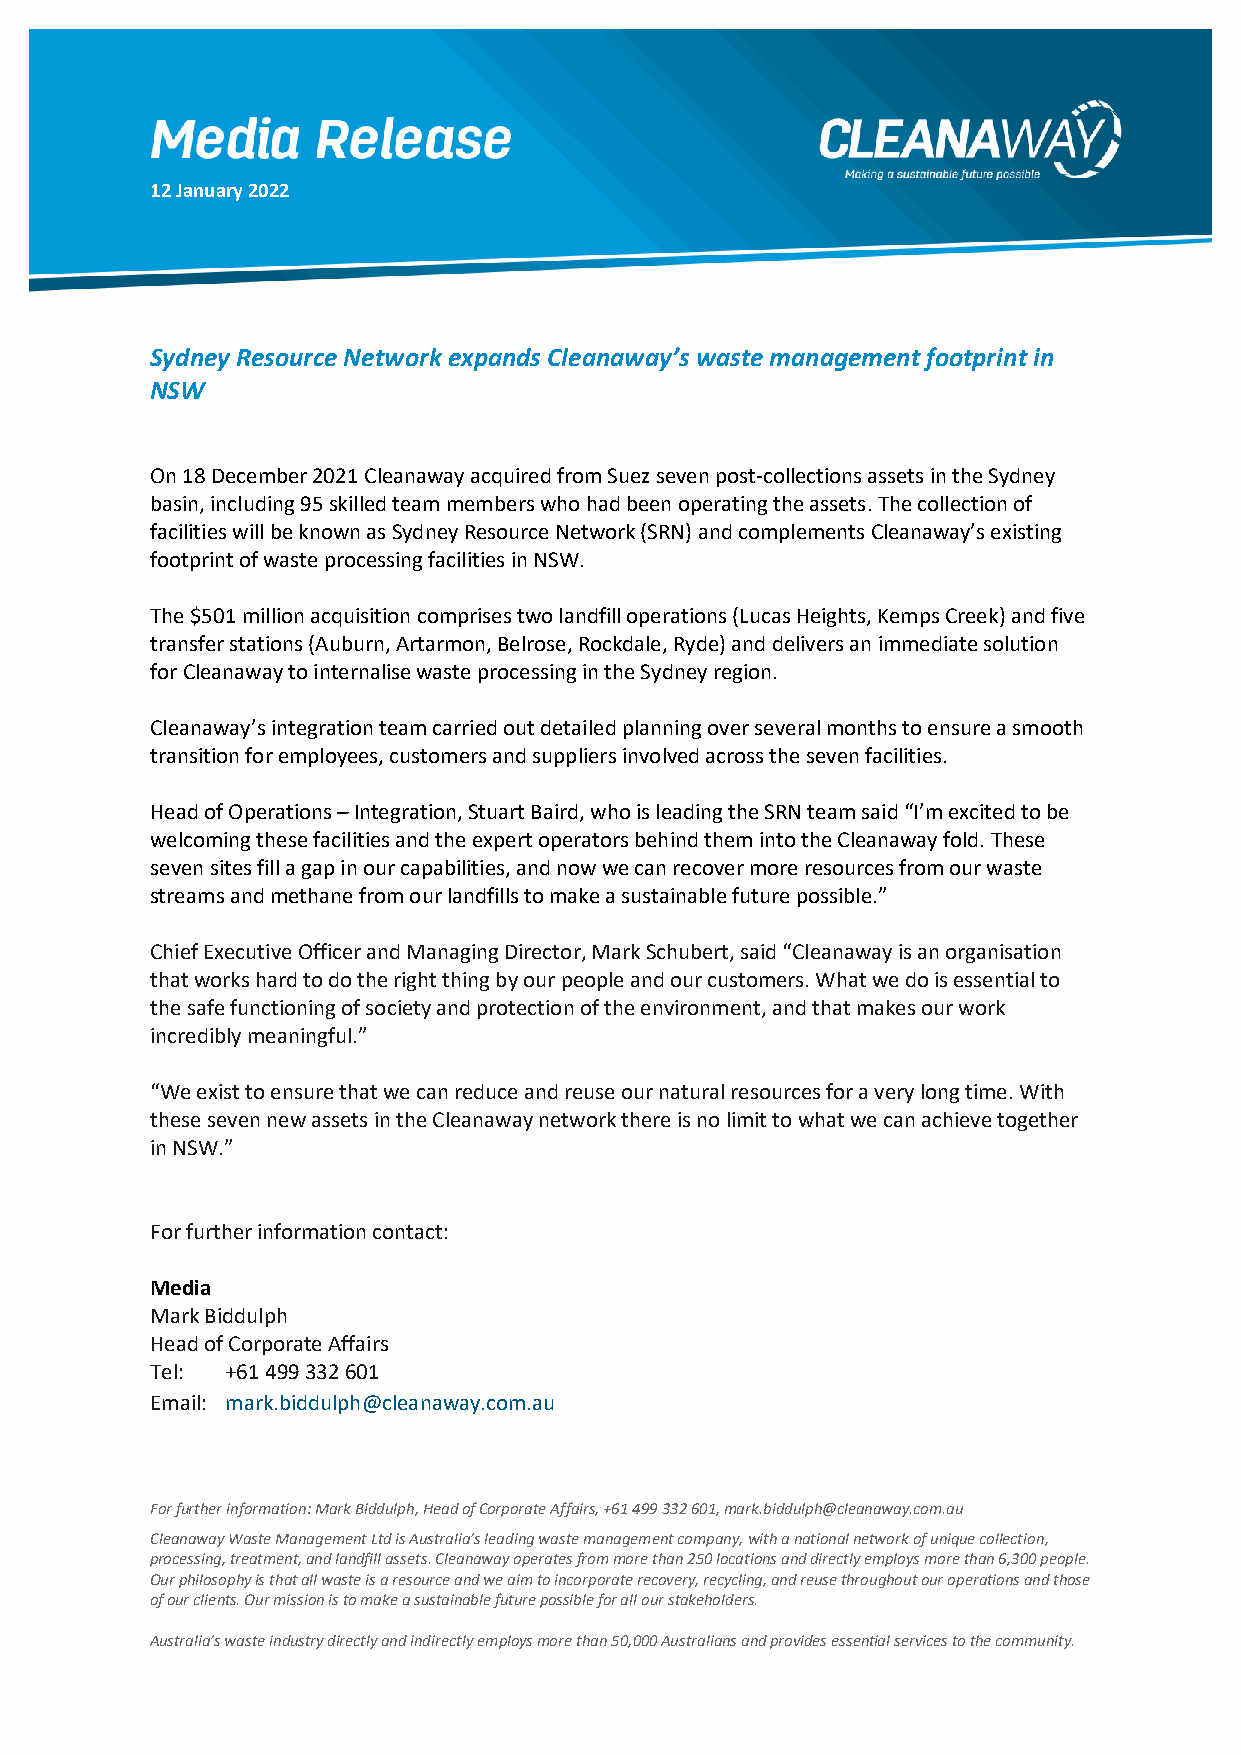
12 January 2022
 Sydney Resource Network expands Cleanaway’s waste management footprint in
 NSW
 On 18 December 2021 Cleanaway acquired from Suez seven post-collections assets in the Sydney
 basin, including 95 skilled team members who had been operating the assets. The collection of
 facilities will be known as Sydney Resource Network (SRN) and complements Cleanaway’s existing
 footprint of waste processing facilities in NSW.
 The $501 million acquisition comprises two landfill operations (Lucas Heights, Kemps Creek) and five
 transfer stations (Auburn, Artarmon, Belrose, Rockdale, Ryde) and delivers an immediate solution
 for Cleanaway to internalise waste processing in the Sydney region.
 Cleanaway’s integration team carried out detailed planning over several months to ensure a smooth
 transition for employees, customers and suppliers involved across the seven facilities.
 Head of Operations – Integration, Stuart Baird, who is leading the SRN team said “I’m excited to be
 welcoming these facilities and the expert operators behind them into the Cleanaway fold. These
 seven sites fill a gap in our capabilities, and now we can recover more resources from our waste
 streams and methane from our landfills to make a sustainable future possible.”
 Chief Executive Officer and Managing Director, Mark Schubert, said “Cleanaway is an organisation
 that works hard to do the right thing by our people and our customers. What we do is essential to
 the safe functioning of society and protection of the environment, and that makes our work
 incredibly meaningful.”
 “We exist to ensure that we can reduce and reuse our natural resources for a very long time. With
 these seven new assets in the Cleanaway network there is no limit to what we can achieve together
 in NSW.”
 For further information contact:
 Media
 Mark Biddulph
 Head of Corporate Affairs
 Tel: +61 499 332 601
 Email: mark.biddulph@cleanaway.com.au
 For further information: Mark Biddulph, Head of Corporate Affairs, +61 499 332 601, mark.biddulph@cleanaway.com.au
 Cleanaway Waste Management Ltd is Australia’s leading waste management company, with a national network of unique collection,
 processing, treatment, and landfill assets. Cleanaway operates from more than 250 locations and directly employs more than 6,300 people.
 Our philosophy is that all waste is a resource and we aim to incorporate recovery, recycling, and reuse throughout our operations and those
 of our clients. Our mission is to make a sustainable future possible for all our stakeholders.
 Australia’s waste industry directly and indirectly employs more than 50,000 Australians and provides essential services to the community.